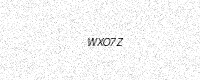
Text: WXO7Z